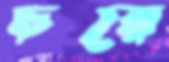
চরে